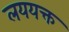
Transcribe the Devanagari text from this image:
लययक्त